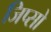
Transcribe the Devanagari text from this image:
जिप्सो